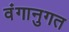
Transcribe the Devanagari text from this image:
वंगानुगत